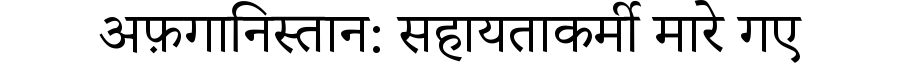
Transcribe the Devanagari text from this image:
अफ़गानिस्तान: सहायताकर्मी मारे गए